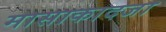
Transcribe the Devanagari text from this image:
मासाकादजा